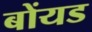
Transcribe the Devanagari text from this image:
बोंयड